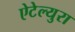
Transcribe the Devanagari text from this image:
ऐटेल्युरा